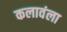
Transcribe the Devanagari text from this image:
कलावंला